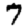
Digit: 7